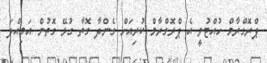
ޕްރޮގްރާމް ހުއްޓުވީ އެ ޕްރޮގްރާމް ކުރިއަށް ގެންދާ ގޮތާ ގުޅޭ ގޮތުން އަމިއްލަ